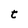
Character: t